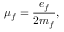
\mu _ { f } = \frac { e _ { f } } { 2 m _ { f } } ,